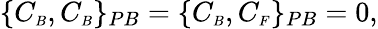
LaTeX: \{ C_{\scriptscriptstyle B},C_{\scriptscriptstyle B}\} _{PB}=\{ C_{\scriptscriptstyle B},C_{\scriptscriptstyle F}\} _{PB}=0,